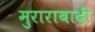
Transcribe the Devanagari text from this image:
मुराराबादी